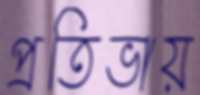
প্রতিভায়